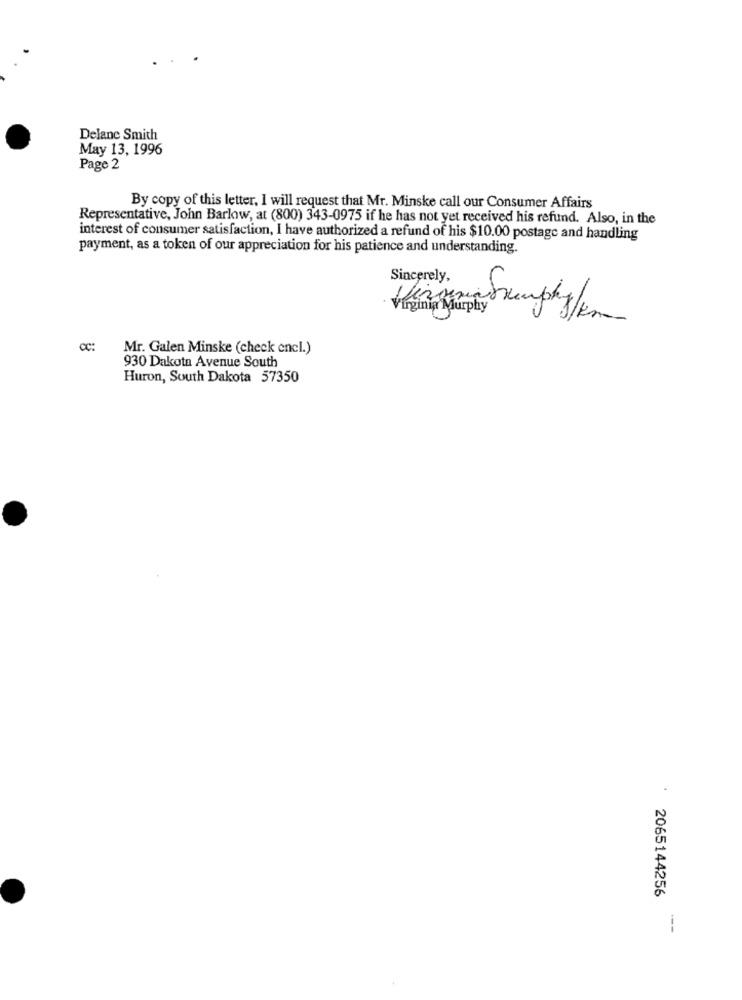
Delanc Smith
May 13, 1996
Page 2
By copy of this letter, I will request that Mr. Minske call our Consumer Affairs
Representative, John Barlow, at (800) 343-0975 if he has not yet received his refund. Also, in the
interest of consumer satisfaction, I have authorized a refund of his $10.00 postage and handling
payment, as a token of our appreciation for his patience and understanding.
Sincerely,
Cc:
Mr. Galen Minske (check encl.)
930 Dakota Avenue South
Huron, South Dakota 57350
2065144256